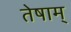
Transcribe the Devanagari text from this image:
तेषाम्